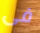
فى